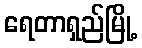
ရေတာရှည်မြို့